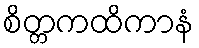
စိတ္တကထိကာနံ